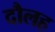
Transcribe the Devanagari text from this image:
दौलह